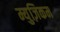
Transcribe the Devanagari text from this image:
म्युज़िकम